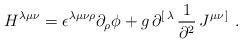
LaTeX: \begin{align*}H^{\lambda\mu\nu}= \epsilon^{\lambda\mu\nu\rho}\partial_\rho \phi + g\, \partial^{[\,\lambda}\, {1\over\partial^2 }\, J^{\mu\nu\,]}\ . \end{align*}